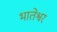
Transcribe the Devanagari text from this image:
भातेश्वर